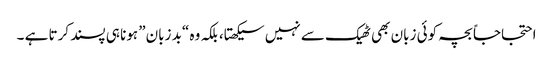
احتجاجاً بچہ کوئی زبان بھی ٹھیک سے نہیں سیکھتا، بلکہ وہ “بد زبان” ہونا ہی پسند کرتا ہے ۔